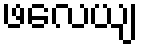
ဖလေယျ